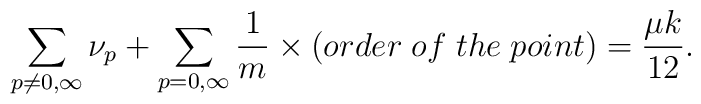
\sum_{p \neq 0, \infty }{\nu_p} + \sum_{p=0,\infty} \frac{1}{m}\times (order\;of\;the\;point) = \frac{\mu k}{12}.